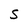
Character: S